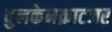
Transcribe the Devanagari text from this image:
वुलकेनक्राटजर